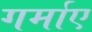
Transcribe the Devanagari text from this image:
गर्माए